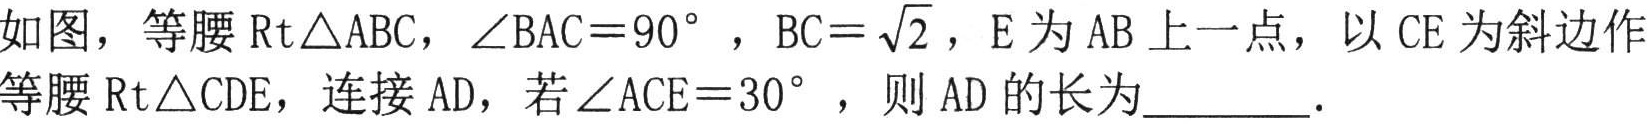
如图，等腰$\text{Rt}\triangle ABC$，$\angle BAC = 90^{\circ}$，$BC = \sqrt{2}$，$E$为$AB$上一点，以$CE$为斜边作等腰$\text{Rt}\triangle CDE$，连接$AD$，若$\angle ACE = 30^{\circ}$，则$AD$的长为________．